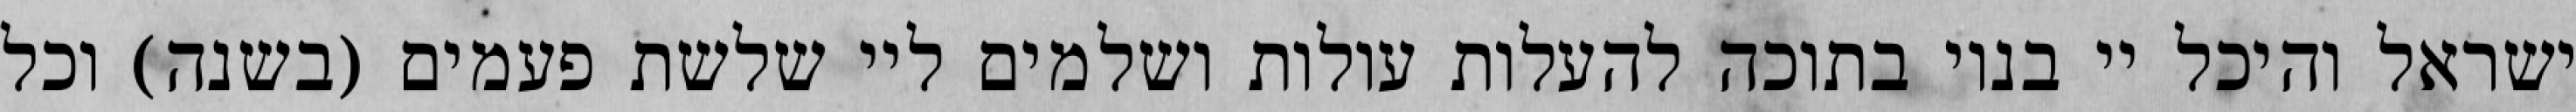
ישראל והיכל יי בנוי בתוכה להעלות עולות ושלמים ליי שלשת פעמים (בשנה) וכל